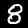
Label: 8